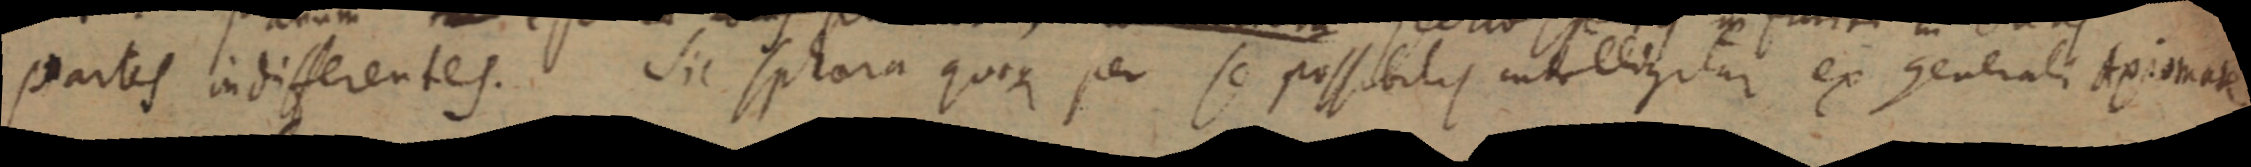
partes indifferentes. Sic sphaera quoque per se possibilis intelligitur ex generali Axiomate